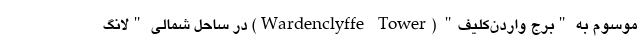
موسوم به "برج واردن‌کلیف" (Wardenclyffe Tower) در ساحل شمالی "لانگ